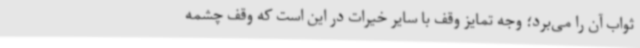
ثواب آن را می‌برد؛ وجه تمایز وقف با سایر خیرات در این است که وقف چشمه